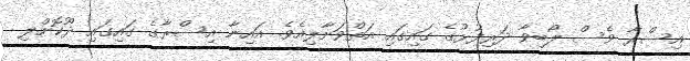
އިސްރާ ވެސް ލޯބިވާ ދަރިފުޅުގެ ގައިގައި އަތްވަށާލިއެވެ. އައިނާ އިސްރާގެ ގައިގައި ދޫކޮށްލި